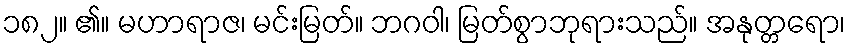
၁၈၂။ ၏။ မဟာရာဇ၊ မင်းမြတ်။ ဘဂဝါ၊ မြတ်စွာဘုရားသည်။ အနုတ္တရော၊